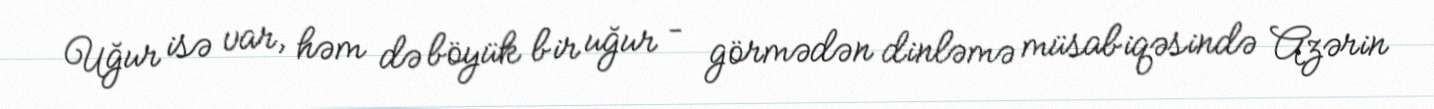
Uğur isə var, həm də böyük bir uğur – görmədən dinləmə müsabiqəsində Azərin